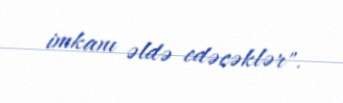
imkanı əldə edəcəklər".